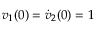
v _ { 1 } ( 0 ) = \dot { v } _ { 2 } ( 0 ) = 1